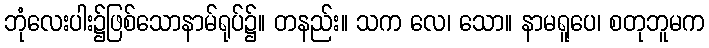
ဘုံလေးပါး၌ဖြစ်သောနာမ်ရုပ်၌။ တနည်း။ သက လေ၊ သော။ နာမရူပေ၊ စတုဘူမက